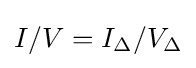
I/V=I_{\Delta }/V_{\Delta }